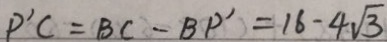
P ^ { \prime } C = B C - B P ^ { \prime } = 1 6 - 4 \sqrt { 3 }